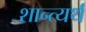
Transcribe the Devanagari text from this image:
शान्त्यर्थं